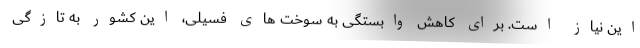
این نیاز است. برای کاهش وابستگی به سوخت های فسیلی، این کشور به تازگی